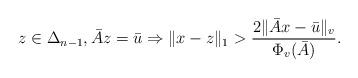
LaTeX: \begin{align*}z\in \Delta_{n-1}, \bar{A}z = \bar{u} \Rightarrow \|x-z\|_1 > \frac{2\|\bar{A}x-\bar{u}\|_v}{\Phi_v(\bar{A})}.\end{align*}